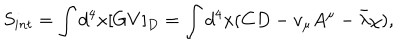
LaTeX: S _ { i n t } = \int d ^ { 4 } x [ G V ] _ { D } = \int d ^ { 4 } x ( C D - v _ { \mu } A ^ { \mu } - \bar { \lambda } \chi ) ,